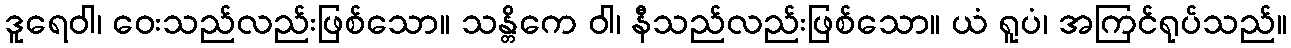
ဒူရေဝါ၊ ဝေးသည်လည်းဖြစ်သော။ သန္တိကေ ဝါ၊ နီသည်လည်းဖြစ်သော။ ယံ ရူပံ၊ အကြင်ရုပ်သည်။